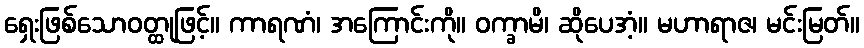
ရှေးဖြစ်သောဝတ္ထုဖြင့်။ ကာရဏံ၊ အကြောင်းကို။ ဝက္ခာမိ၊ ဆိုပေအံ့။ မဟာရာဇ၊ မင်းမြတ်။